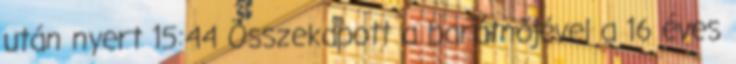
után nyert 15:44 Összekapott a barátnőjével a 16 éves